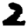
Digit: 2